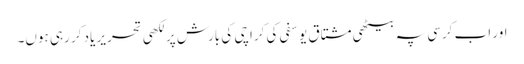
اور اب کرسی پہ بیٹھی مشتاق یوسفی کی کراچی کی بارش پر لکھی تحریر یاد کر رہی ہوں۔